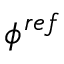
\phi ^ { r e f }